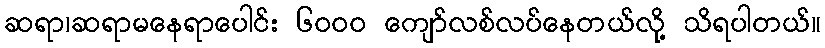
ဆရာ၊ဆရာမနေရာပေါင်း ၆၀၀၀ ကျော်လစ်လပ်နေတယ်လို့ သိရပါတယ်။